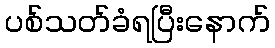
ပစ်သတ်ခံရပြီးနောက်